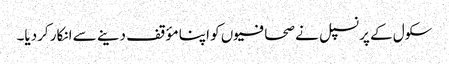
سکول کے پرنسپل نے صحافیوں کو اپنا مؤقف دینے سے انکار کردیا۔